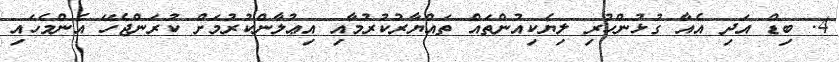
4. ބިޑް އަދި އެއާ ގުޅުންހުރި ލިޔެކިއުންތައް ތައްޔާރުކުރުމާއި އިޢުލާންކުރުމަށް ކުރަންޖެހޭ އެންމެހައި